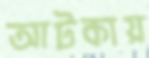
আটকায়